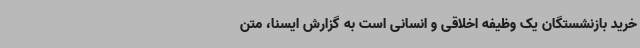
خرید بازنشستگان یک وظیفه اخلاقی و انسانی است به گزارش ایسنا، متن